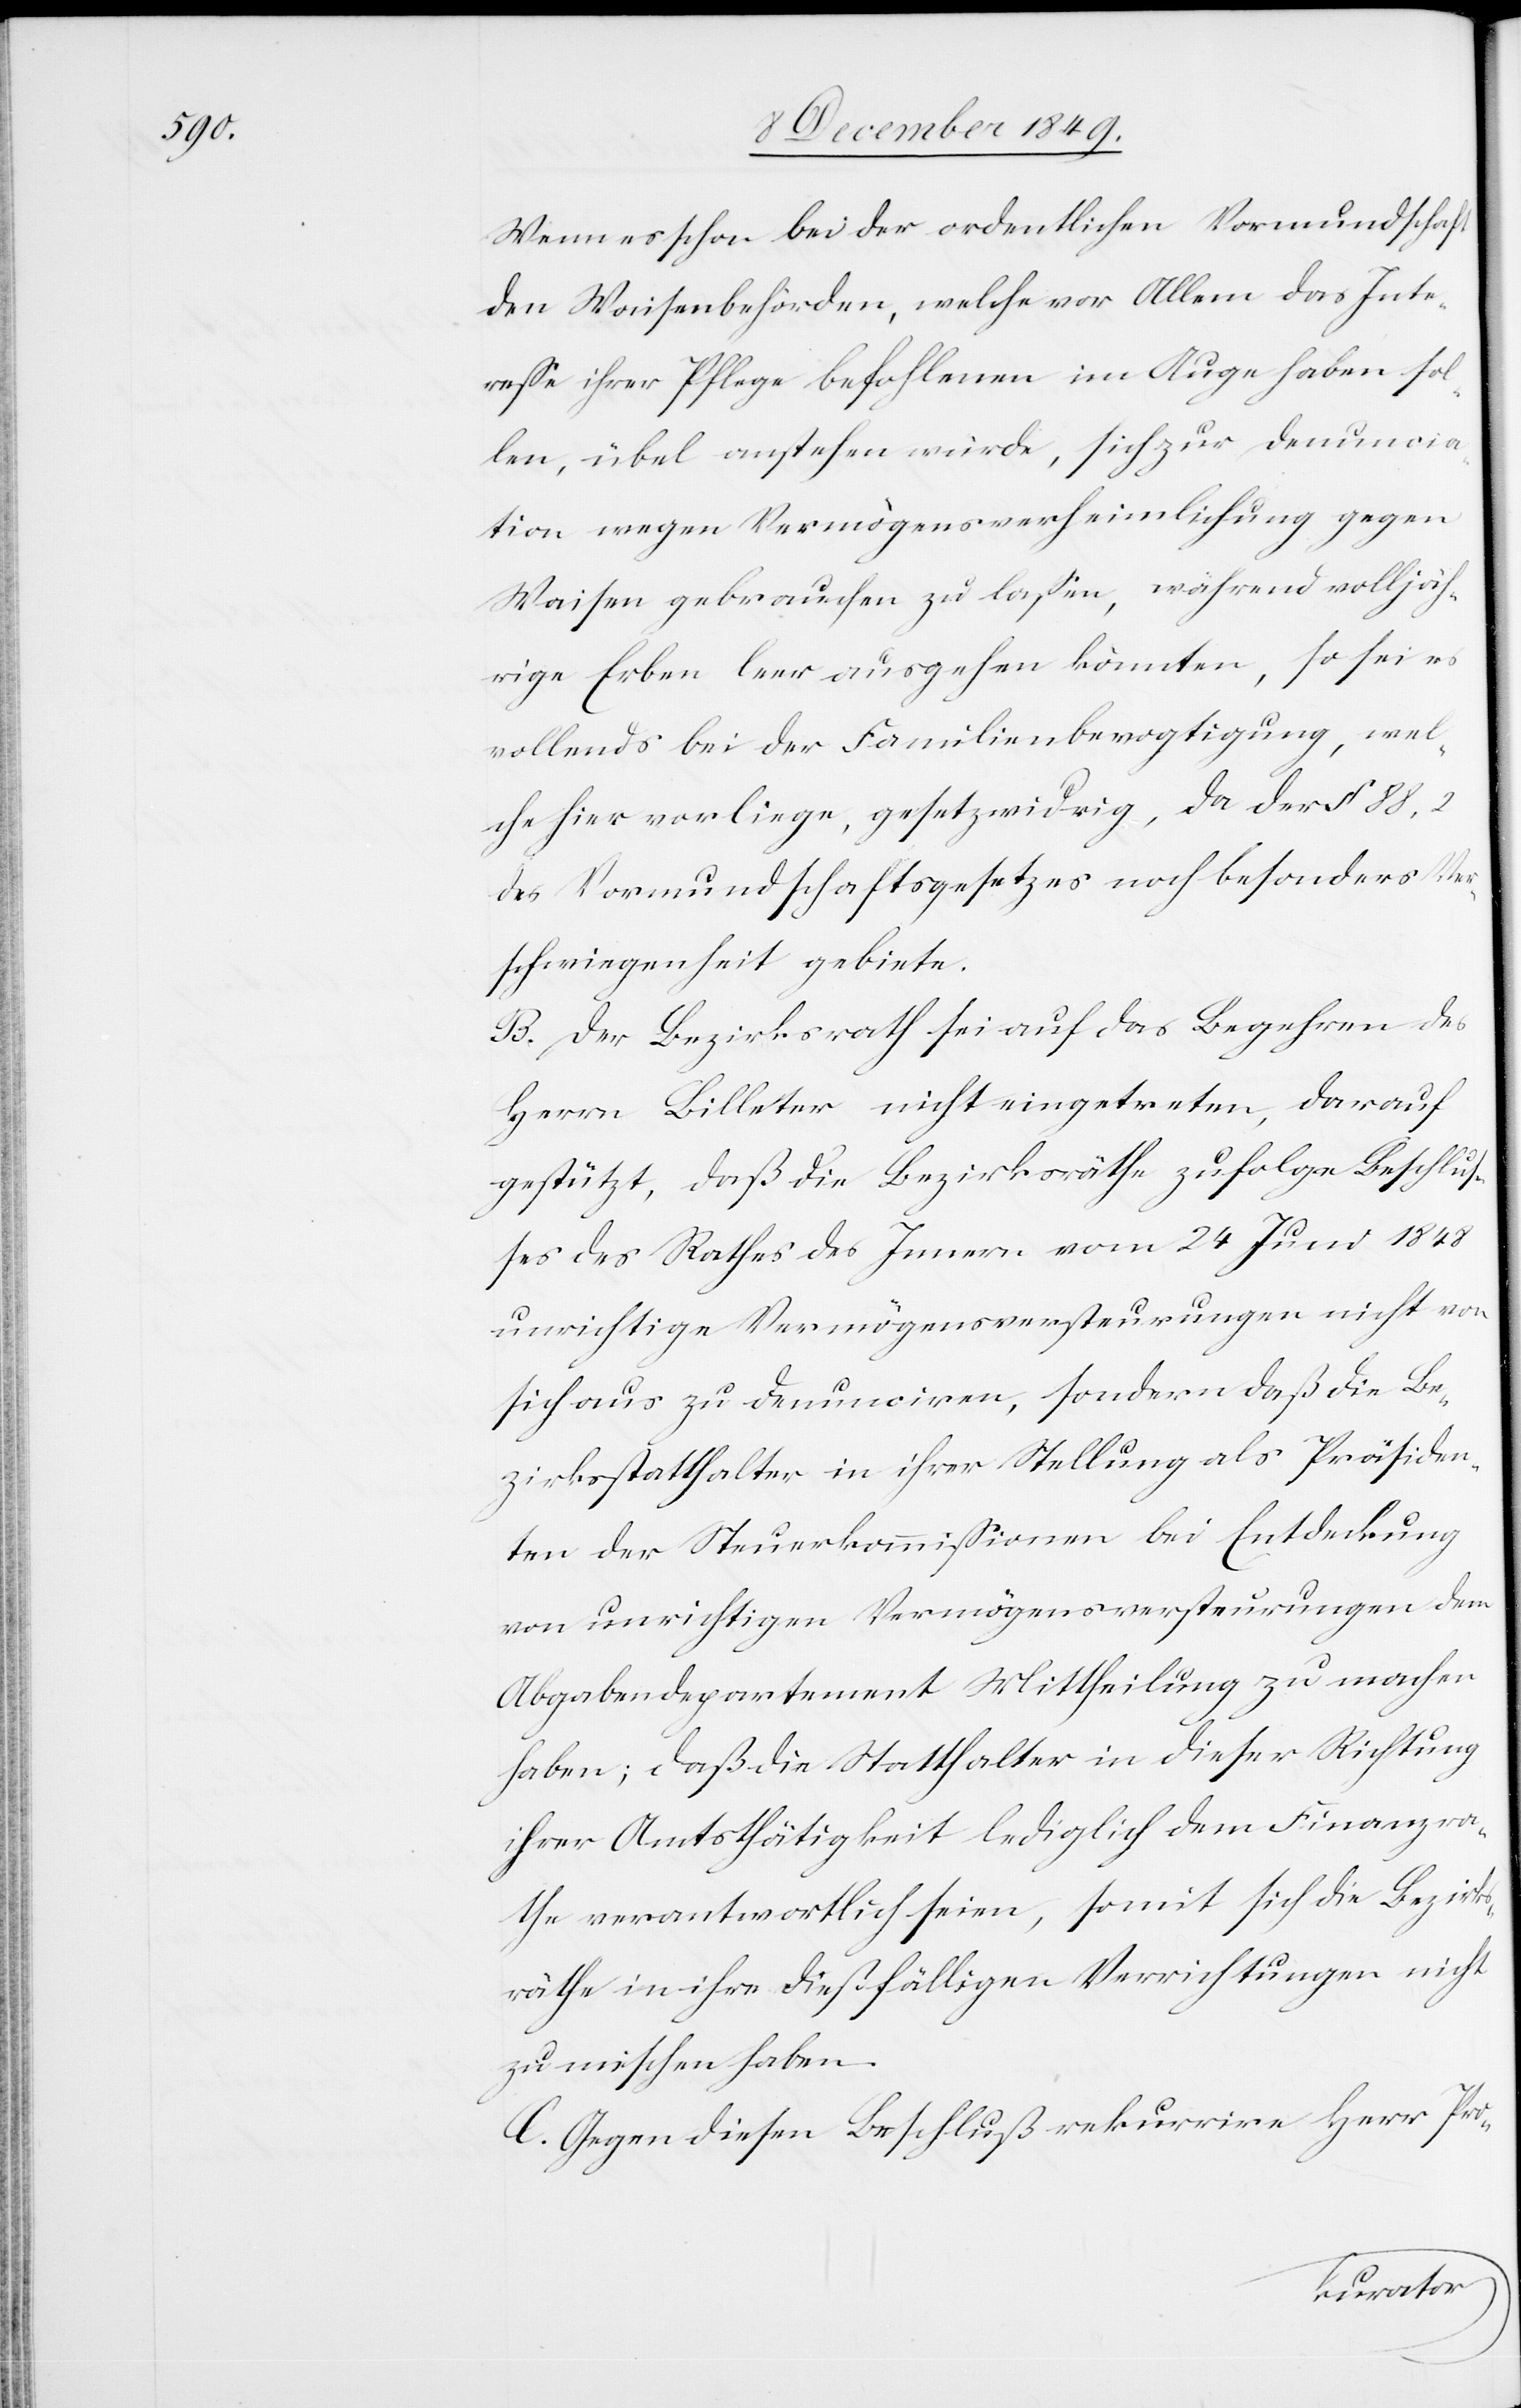
Wenn es schon bei der ordentlichen Vormundschaft
den Waisenbehörden, welche vor Allem das Inte¬
reße ihrer Pflege befohlenen im Auge haben sol¬
len, übel anstehen würde, sich zur Denuncia¬
tion wegen Vermögensverheimlichung gegen
Waisen gebrauchen zu laßen, während volljäh¬
rige Erben leer ausgehen könnten, so sei es
vollends bei der Familienbevogtigung, wel¬
che hier vorliege, gesetzwidrig, da der §§ 88,2
des Vormundschaftsgesetzes noch besonders Ver¬
schwiegenheit gebiete.
B. Der Bezirksrath sei auf das Begehren des
Herrn Billeter nicht eingetreten, darauf
gestützt, daß die Bezirksräthe zufolge Beschluß¬
es des Rathes des Innern vom 24 Juni 1848
unrichtige Vermögensversteuerungen nicht von
sich aus zu denunciren, sondern daß die Be¬
zirksstatthalter in ihrer Stellung als Präsiden¬
ten der Steuerkommißionen bei Entdeckung
von unrichtigen Vermögensversteuerungen dem
Abgabendepartement Mittheilung zu machen
haben; daß die Statthalter in dieser Richtung
ihrer Amtsthätigkeit lediglich dem Finanzra¬
the verantwortlich seien, somit sich die Bezirks¬
räthe in ihre dießfälligen Verrichtungen nicht
zu mischen haben.
C. Gegen diesen Beschluß rekurrire Herr Pro-